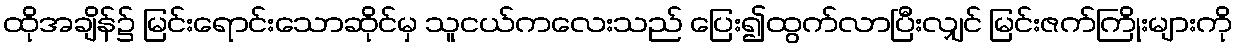
ထိုအချိန်၌ မြင်းရောင်းသောဆိုင်မှ သူငယ်ကလေးသည် ပြေး၍ထွက်လာပြီးလျှင် မြင်းဇက်ကြိုးများကို